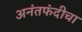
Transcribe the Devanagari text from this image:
अनंतफंदीचा